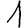
Digit: 1